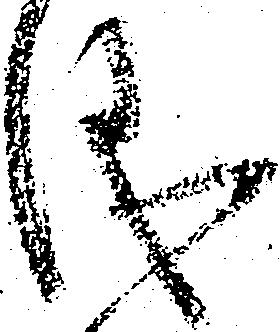
儀